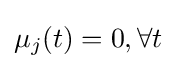
\mu _{j}(t)=0,\forall t